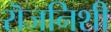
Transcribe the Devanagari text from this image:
रॊजनिशी